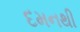
દમનથી